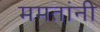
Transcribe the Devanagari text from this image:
ममतांनी